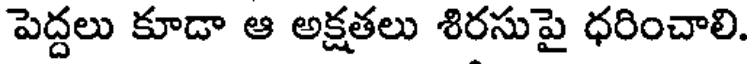
పెద్దలు కూడా ఆ అక్షతలు శిరసుపై ధరించాలి.